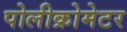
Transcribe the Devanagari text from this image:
पोलीक्रोमेटर